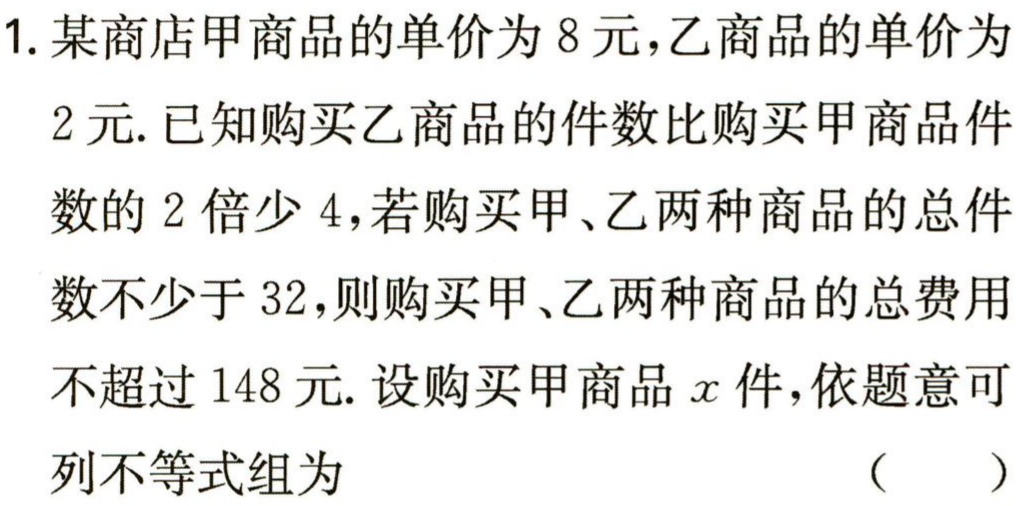
1. 某商店甲商品的单价为8元，乙商品的单价为

2元. 已知购买乙商品的件数比购买甲商品件

数的2倍少4，若购买甲、乙两种商品的总件

数不少于32，则购买甲、乙两种商品的总费用

不超过148元. 设购买甲商品\(x\)件，依题意可

列不等式组为 （  ）